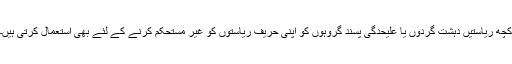
کچھ ریاستیں دہشت گردوں یا علیحدگی پسند گروہوں کو اپنی حریف ریاستوں کو غیر مستحکم کرنے کے لئے بھی استعمال کرتی ہیں۔